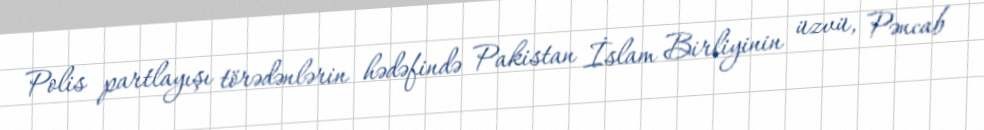
Polis partlayışı törədənlərin hədəfində Pakistan İslam Birliyinin üzvü, Pəncab